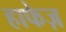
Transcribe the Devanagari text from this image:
हाफेज़